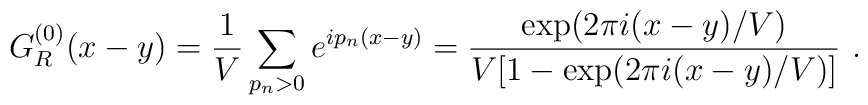
G^{(0)}_R(x-y)=\frac1V\sum_{p_n>0}e^{ip_n(x-y)}=\frac{\exp(2\pi i(x-y)/V)}{V[1-\exp(2\pi i(x-y)/V)]}\ .